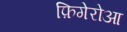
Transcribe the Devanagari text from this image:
फ़िगेरोआ